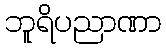
ဘူရိပညာဏာ